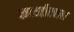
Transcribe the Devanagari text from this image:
कल्जीखाल